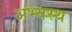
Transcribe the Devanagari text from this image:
अभ्यस्थ